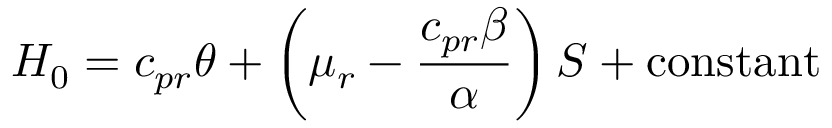
{ \cal H } _ { 0 } = c _ { p r } \theta + \left( \mu _ { r } - \frac { c _ { p r } \beta } { \alpha } \right) S + \mathrm { c o n s t a n t }